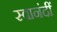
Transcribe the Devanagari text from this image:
स्वानंदीं